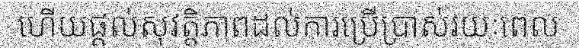
ហើយផ្តល់សុវត្តិភាពដល់ការប្រើប្រាស់រយៈពេល